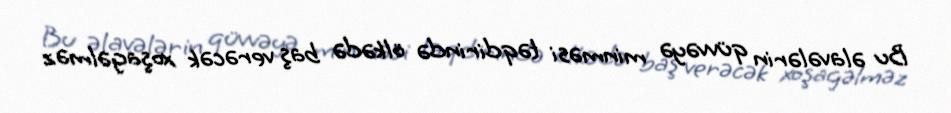
Bu əlavələrin qüvvəyə minməsi təqdirində ölkədə baş verəcək xoşagəlməz